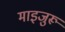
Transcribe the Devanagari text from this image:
माइजुरू